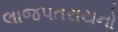
લાજપતરાયનો